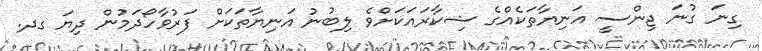
ގިނަ ގުނަ ޖިންސީ އަނިޔާތަކެއްގެ ޝިކާރައަކަށްވެ ލިބުނު އަނިޔާތަކަށް ފަރުވާހޯދަމުން ދިޔަ ގދ.